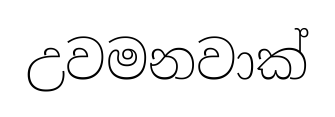
උවමනවාක්